Code of medical and sanitary regulations for the guidance of medical officers serving in the Madras Presidency - Volume I
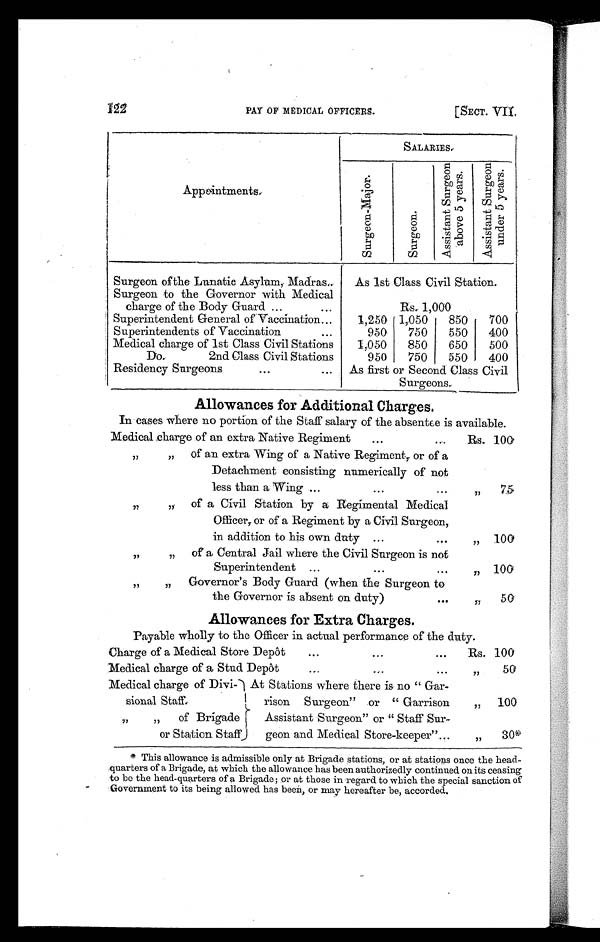
121
PAY OF MEDICAL OFFICERS.
[SECT. VII.
A p p o i n t m e n t s .
SALARIES.
S u r g e o n - M a j o r .
S u r g e o n
A s s i s t a n t S u r g e o n a b o v e 5 y e a r s . A s s i s t a n t S u r g e o n u n d e r 5 y e a r s .
Surgeon of the Lunatic Asylum, Madras..
As 1st Class Civil Station.
Surgeon to the Governor with Medical
charge of the Body Guard ...
...
Rs, 1,000
Superintendent General of Vaccination...
1,250 1,050
850
700
Superintendents of Vaccination
...
950
750
550
400
Medical charge of 1st Class Civil Stations
1,050
850
650
500
Do. 2nd Class Civil Stations
950
750
550
400
Residency Surgeons
...
... As first or Second Class Civil
Surgeons.
Allowances for Additional Charges.
In cases where no portion of the Staff salary of the absentee is available.
Medical charge of an extra Native Regiment
...
. . .
Rs. 100
"
" of an extra Wing of a Native Regiment, or of a
Detachment consisting numerically of not
less than a Wing ...
...
...
„
7 5
"
" of a Civil Station by a Regimental Medical
Officer, or of a Regiment by a Civil Surgeon,
in addition to his own duty ...
. . .
„ 100
"
" of a Central Jail where the Civil Surgeon is not
Superintendent ...
...
...
„ 100
" " Governor's Body Guard (when the Surgeon to
the Governor is absent on duty)
...
„
50
Allowances for Extra Charges.
Payable wholly to the Officer in actual performance of the duty.
Charge of a Medical Store Depôt
...
...
...
Rs. 100
Medical charge of a Stud Depôt
...
...
...
" 50
Medical charge of Divi-
sional Staff
At Stations where there is no " Gar-
rison Surgeon " .or " Garrison
"100
"
" of Brigade
or Station Staff
Assistant Surgeon" or " Staff Sur-
geon and Medical Store-keeper"...
"
3 0 *
* This allowance is admissible only at Brigade stations, or at stations once the head-
quarters of a Brigade, at which the allowance has been authorizedly continued on its ceasing
to be the head-quarters of a Brigade ; or at those in regard to which the special sanction of
Government to its being allowed has been, or may hereafter be, accorded.